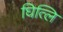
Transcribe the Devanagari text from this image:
घित्लि